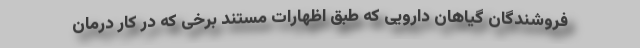
فروشندگان گیاهان دارویی که طبق اظهارات مستند برخی که در کار درمان